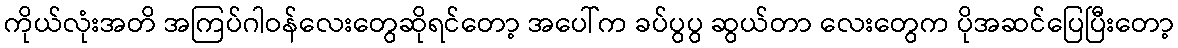
ကိုယ်လုံးအတိ အကြပ်ဂါဝန်လေးတွေဆိုရင်တော့ အပေါ်က ခပ်ပွပွ ဆွယ်တာ လေးတွေက ပိုအဆင်ပြေပြီးတော့